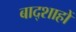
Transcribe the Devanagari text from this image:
बाद्शाहों